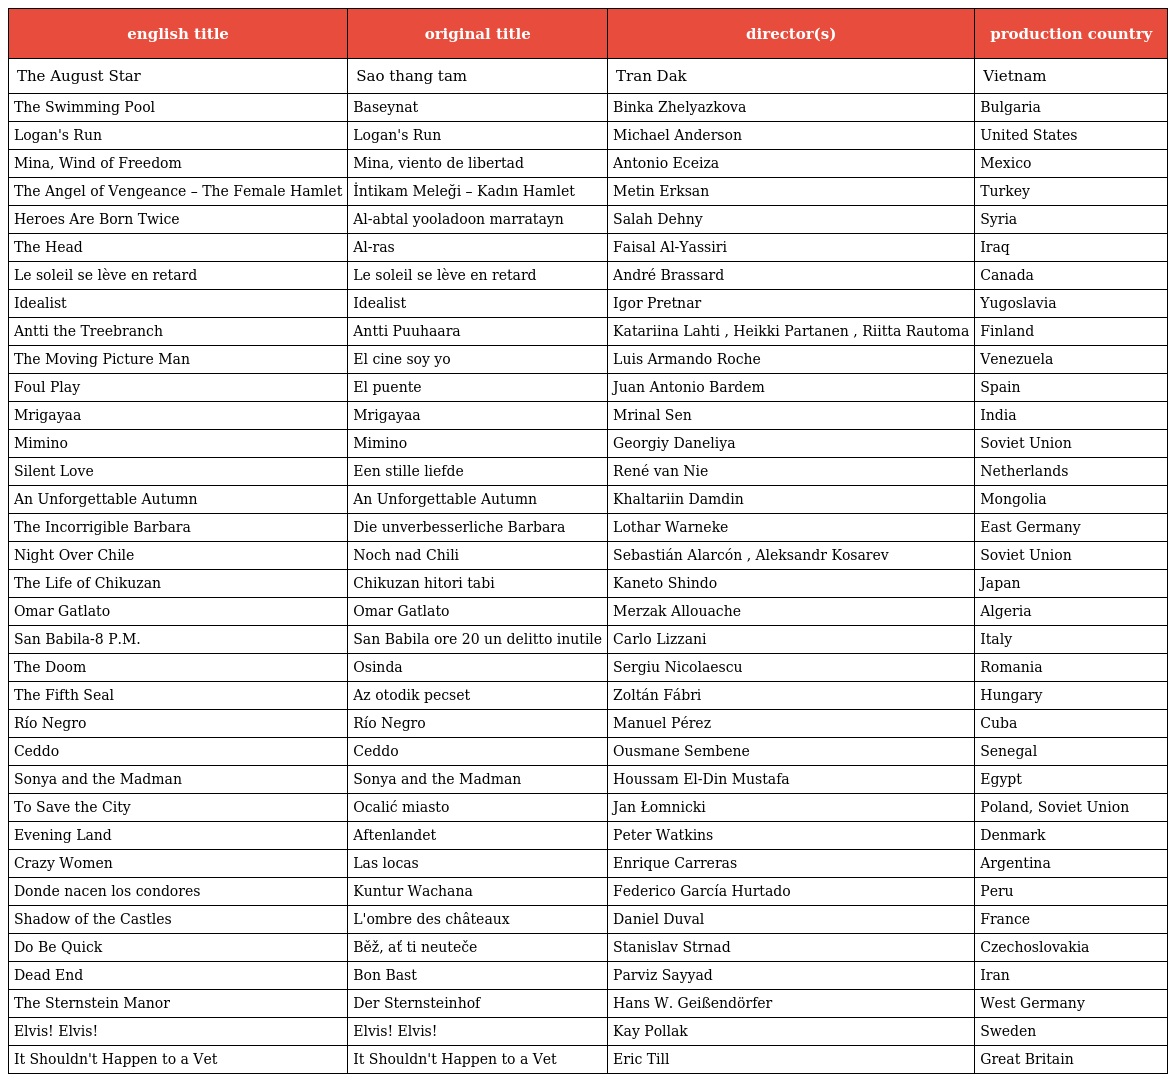
| english title | original title | director(s) | production country |
 | --- | --- | --- | --- |
 | The August Star | Sao thang tam | Tran Dak | Vietnam |
 | The Swimming Pool | Baseynat | Binka Zhelyazkova | Bulgaria |
 | Logan's Run | Logan's Run | Michael Anderson | United States |
 | Mina, Wind of Freedom | Mina, viento de libertad | Antonio Eceiza | Mexico |
 | The Angel of Vengeance – The Female Hamlet | İntikam Meleği – Kadın Hamlet | Metin Erksan | Turkey |
 | Heroes Are Born Twice | Al-abtal yooladoon marratayn | Salah Dehny | Syria |
 | The Head | Al-ras | Faisal Al-Yassiri | Iraq |
 | Le soleil se lève en retard | Le soleil se lève en retard | André Brassard | Canada |
 | Idealist | Idealist | Igor Pretnar | Yugoslavia |
 | Antti the Treebranch | Antti Puuhaara | Katariina Lahti , Heikki Partanen , Riitta Rautoma | Finland |
 | The Moving Picture Man | El cine soy yo | Luis Armando Roche | Venezuela |
 | Foul Play | El puente | Juan Antonio Bardem | Spain |
 | Mrigayaa | Mrigayaa | Mrinal Sen | India |
 | Mimino | Mimino | Georgiy Daneliya | Soviet Union |
 | Silent Love | Een stille liefde | René van Nie | Netherlands |
 | An Unforgettable Autumn | An Unforgettable Autumn | Khaltariin Damdin | Mongolia |
 | The Incorrigible Barbara | Die unverbesserliche Barbara | Lothar Warneke | East Germany |
 | Night Over Chile | Noch nad Chili | Sebastián Alarcón , Aleksandr Kosarev | Soviet Union |
 | The Life of Chikuzan | Chikuzan hitori tabi | Kaneto Shindo | Japan |
 | Omar Gatlato | Omar Gatlato | Merzak Allouache | Algeria |
 | San Babila-8 P.M. | San Babila ore 20 un delitto inutile | Carlo Lizzani | Italy |
 | The Doom | Osinda | Sergiu Nicolaescu | Romania |
 | The Fifth Seal | Az otodik pecset | Zoltán Fábri | Hungary |
 | Río Negro | Río Negro | Manuel Pérez | Cuba |
 | Ceddo | Ceddo | Ousmane Sembene | Senegal |
 | Sonya and the Madman | Sonya and the Madman | Houssam El-Din Mustafa | Egypt |
 | To Save the City | Ocalić miasto | Jan Łomnicki | Poland, Soviet Union |
 | Evening Land | Aftenlandet | Peter Watkins | Denmark |
 | Crazy Women | Las locas | Enrique Carreras | Argentina |
 | Donde nacen los condores | Kuntur Wachana | Federico García Hurtado | Peru |
 | Shadow of the Castles | L'ombre des châteaux | Daniel Duval | France |
 | Do Be Quick | Běž, ať ti neuteče | Stanislav Strnad | Czechoslovakia |
 | Dead End | Bon Bast | Parviz Sayyad | Iran |
 | The Sternstein Manor | Der Sternsteinhof | Hans W. Geißendörfer | West Germany |
 | Elvis! Elvis! | Elvis! Elvis! | Kay Pollak | Sweden |
 | It Shouldn't Happen to a Vet | It Shouldn't Happen to a Vet | Eric Till | Great Britain |